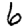
Digit: 6